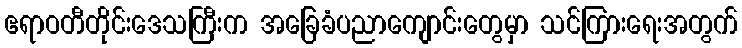
ဧရာဝတီတိုင်းဒေသကြီးက အခြေခံပညာကျောင်းတွေမှာ သင်ကြားရေးအတွက်